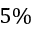
5 \%